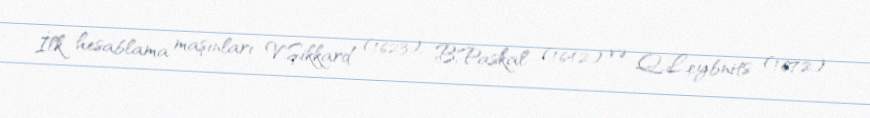
İlk hesablama maşınları V.Şikkard (1623), B.Paskal (1642) və Q.Leybnits (1672)